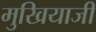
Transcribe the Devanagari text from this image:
मुखियाजी